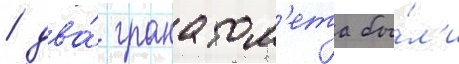
/ два́ гранатом'ета бы́л'и